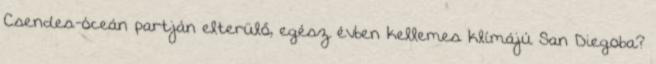
Csendes-óceán partján elterülő, egész évben kellemes klímájú San Diegoba?